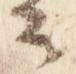
公